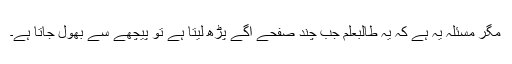
مگر مسئلہ یہ ہے کہ یہ طالبعلم جب چند صفحے آگے پڑھ لیتا ہے تو پیچھے سے بھول جاتا ہے۔